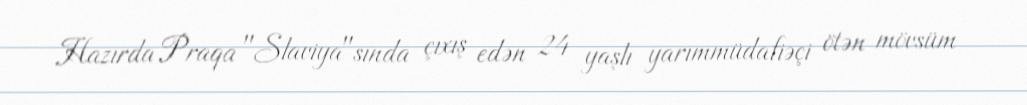
Hazırda Praqa "Slaviya"sında çıxış edən 24 yaşlı yarımmüdafiəçi ötən mövsüm